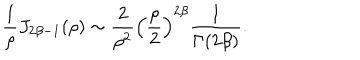
{ \frac { 1 } { \rho } } J _ { 2 \beta - 1 } ( \rho ) \sim { \frac { 2 } { \rho ^ { 2 } } } \left( { \frac { \rho } { 2 } } \right) ^ { 2 \beta } { \frac { 1 } { \Gamma ( 2 \beta ) } } .